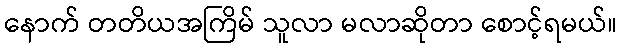
နောက် တတိယအကြိမ် သူလာ မလာဆိုတာ စောင့်ရမယ်။